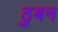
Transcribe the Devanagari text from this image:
ठुबन